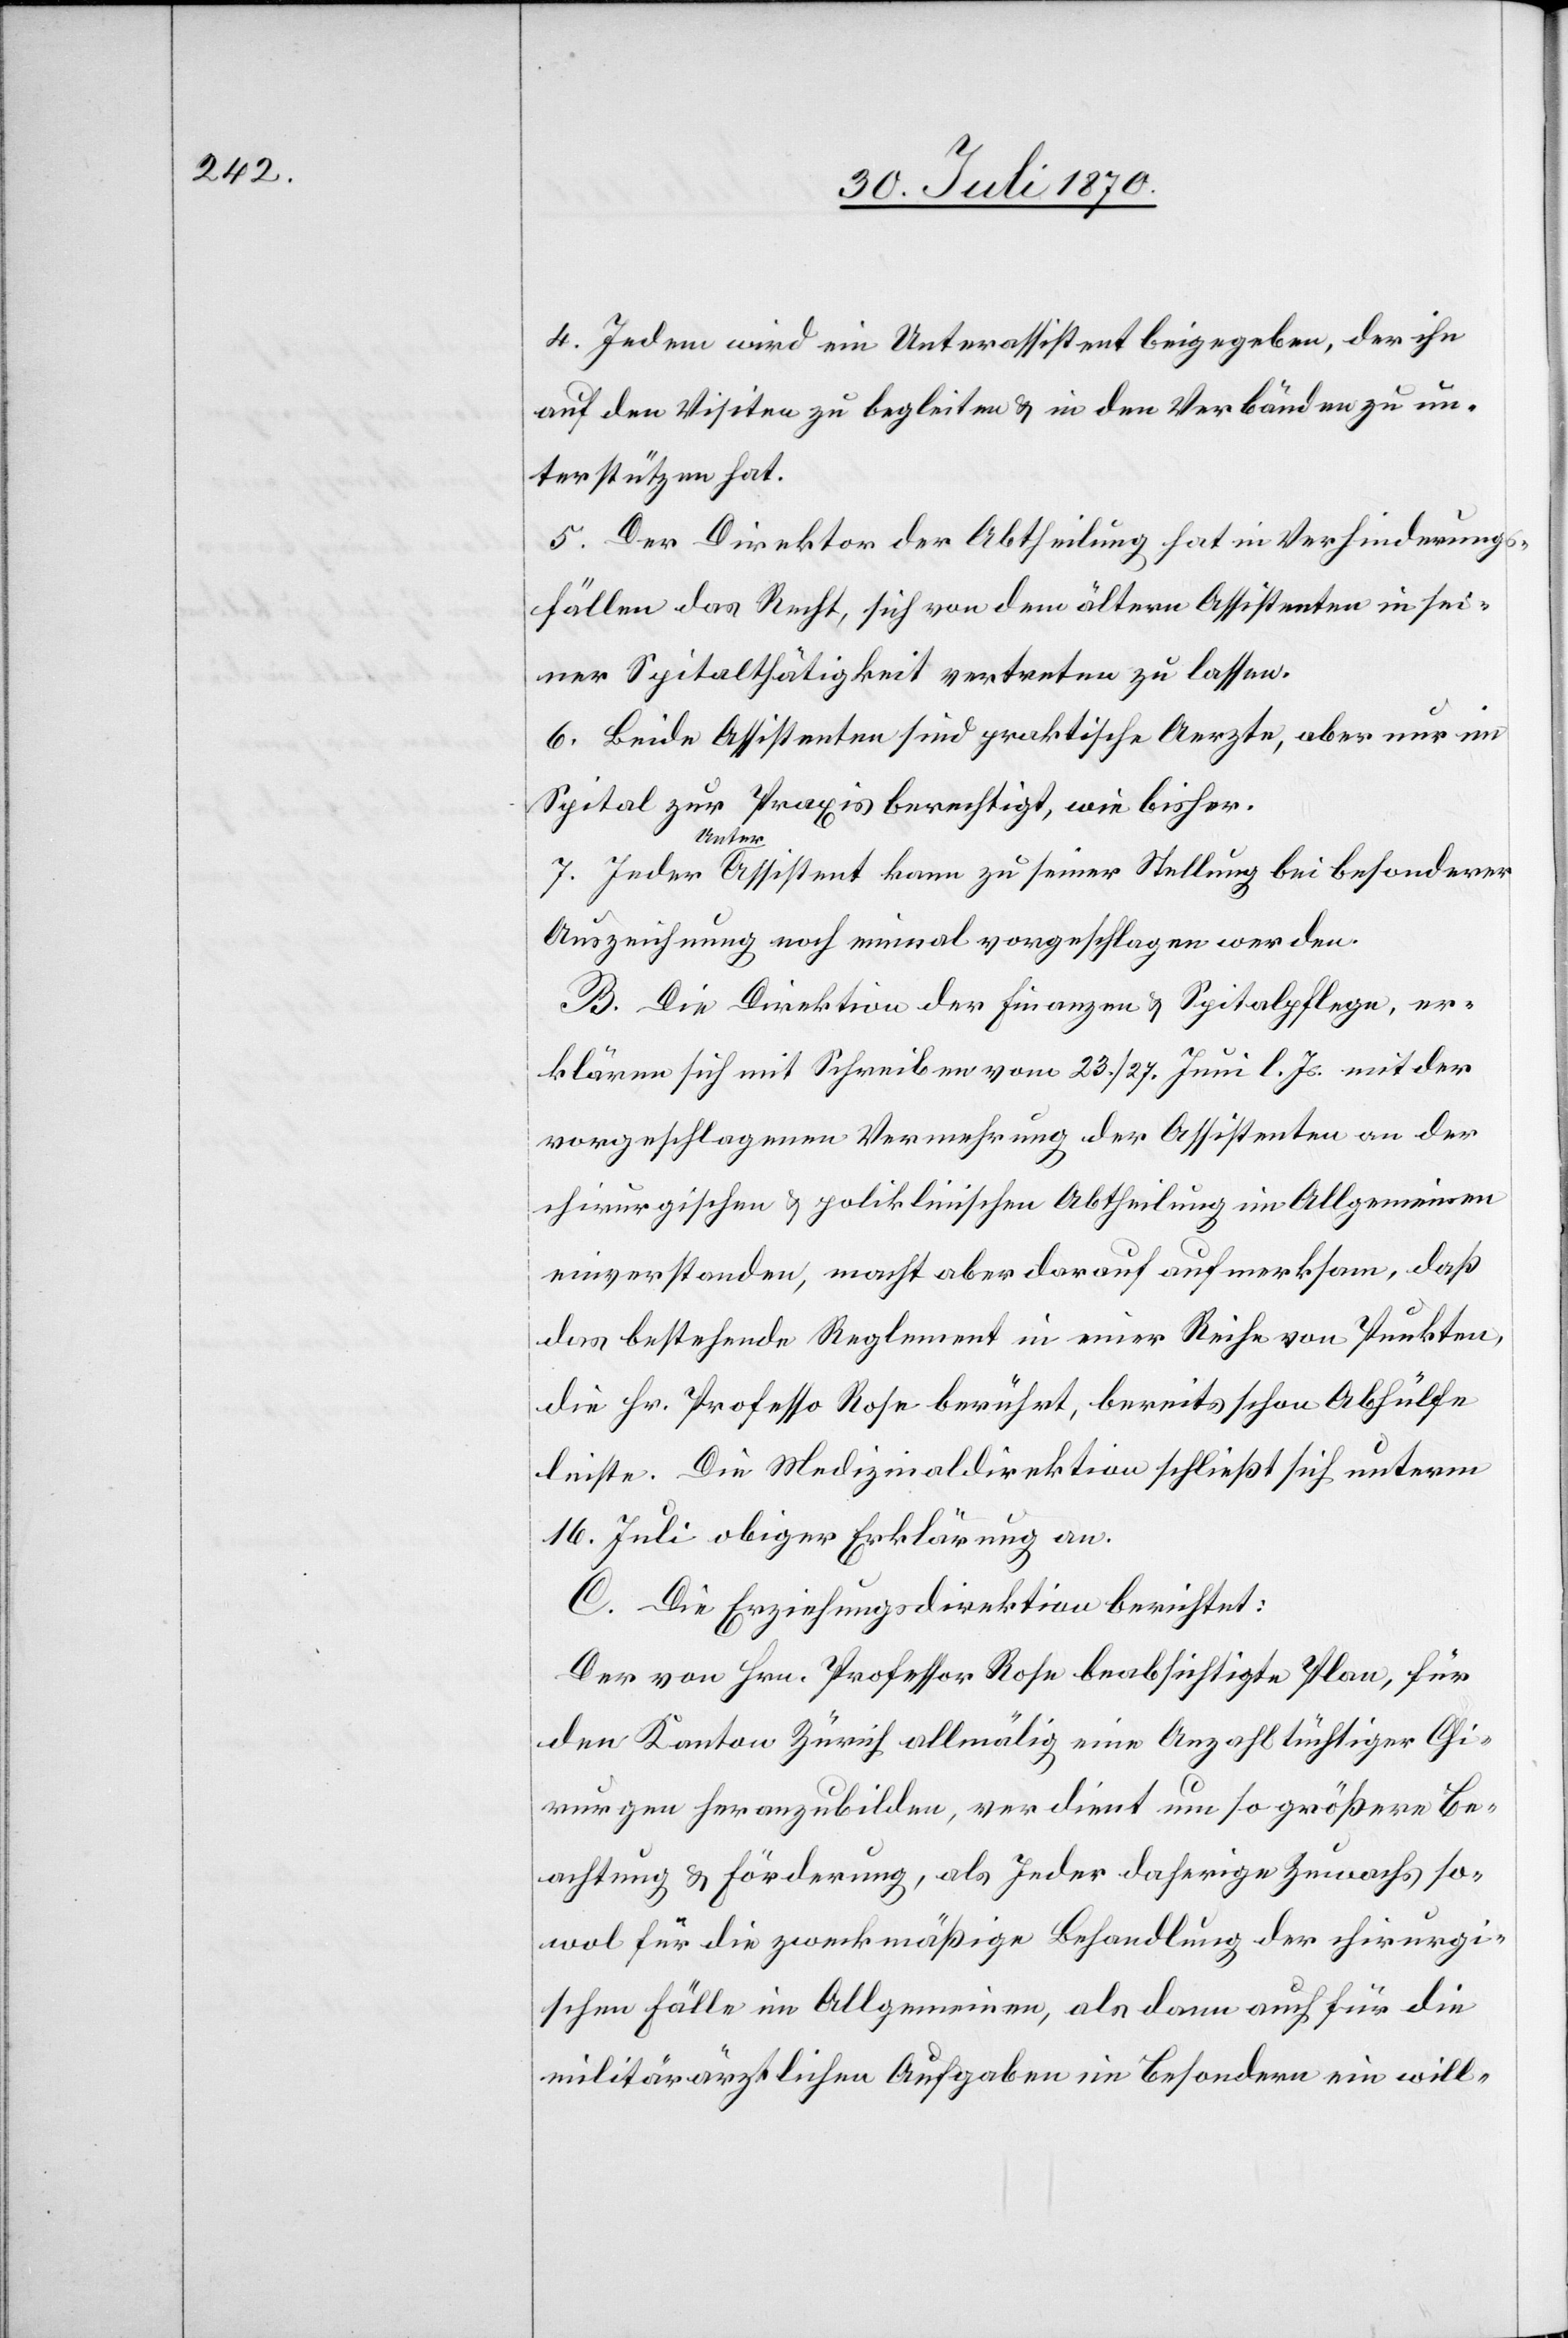
4. Jedem wird ein Unterassistent beigegeben, der ihn
auf den Visiten zu begleiten & in den Verbänden zu un¬
terstützen hat.
5. Der Direktor der Abtheilung hat im Verhinderungs¬
fällen das Recht, sich von dem ältern Assistenten in sei¬
ner Spitalthätigkeit vertreten zu lassen.
6. Beide Assistenten sind praktische Aerzte, aber nur im
Spital zur Praxis berechtigt, wie bisher.
Jeder
a-Unter-aAssistent kann zu seiner Stellung bei besonderer
Auszeichnung noch einmal vorgeschlagen werden.
B. Die Direktion der Finanzen & Spitalpflege, er¬
klären [sic!] sich mit Schreiben vom 23./27. Juni l. Js. mit der
vorgeschlagenen Vermehrung der Assistenten an der
chirurgischen & poliklinischen Abtheilung im Allgemeinen
einverstanden, macht aber darauf aufmerksam, daß
das bestehende Reglement in einer Reihe von Punkten,
die Hr. Professor Rose berührt, bereits schon Abhülfe
leiste. Die Medizinaldirektion schließt sich unterm
16. Juli obiger Erklärung an.
C. Die Erziehungsdirektion berichtet:
Der von Hrn. Professor Rose beabsichtigte Plan, für
den Kanton Zürich allmälig eine Anzahl tüchtiger Chi¬
rurgen heranzubilden, verdient um so größere Be¬
achtung & Förderung, als Jeder daherige Zuwachs so¬
wol für die zweckmäßige Behandlung der chirurgi¬
schen Fälle im Allgemeinen, als dann auch für die
militärärztlichen Aufgaben im Besondern ein will-